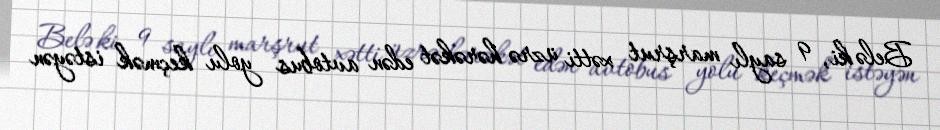
Belə ki, 9 saylı marşrut xətti üzrə hərəkət edən avtobus yolu keçmək istəyən